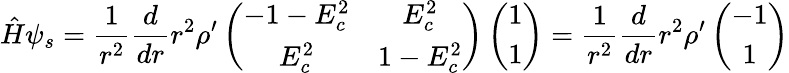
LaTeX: {\hat{H}}\psi_{s}=\frac{1}{r^{2}}\frac{d}{dr}r^{2}{\rho}^{\prime}\left(\begin{array}{c}{{\begin{array}{cc}{{-1-E_{c}^{2}}}&{{E_{c}^{2}}}\\ {{E_{c}^{2}}}&{{1-E_{c}^{2}}}\end{array}}}\end{array}\right)\left(\begin{array}{c}{{1}}\\ {{1}}\end{array}\right)=\frac{1}{r^{2}}\frac{d}{dr}r^{2}{\rho}^{\prime}\left(\begin{array}{c}{{-1}}\\ {{1}}\end{array}\right)